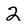
Character: 2